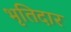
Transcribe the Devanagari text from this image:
भृतिदार